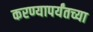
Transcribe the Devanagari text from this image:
करण्यापर्यंतच्या